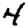
Digit: 4